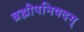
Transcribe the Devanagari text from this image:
ब्रह्मौपनिषदम्